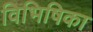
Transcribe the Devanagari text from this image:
विभिषिका